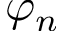
\varphi _ { n }